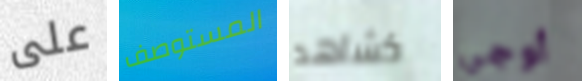
على المستوصف كشاهد أوجي